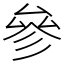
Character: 參